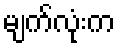
မျက်လုံးက